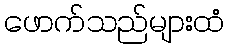
ဖောက်သည်များထံ